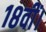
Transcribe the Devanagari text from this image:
१८वीं।